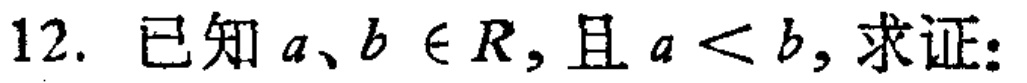
已知 \(a、b \in \mathbb{R}\)，且 \(a < b\)，求证：